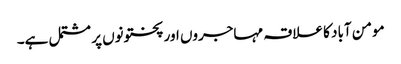
مومن آباد کا علاقہ مہاجروں اور پختونوں پر مشتمل ہے۔